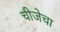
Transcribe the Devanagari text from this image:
चीजेचा